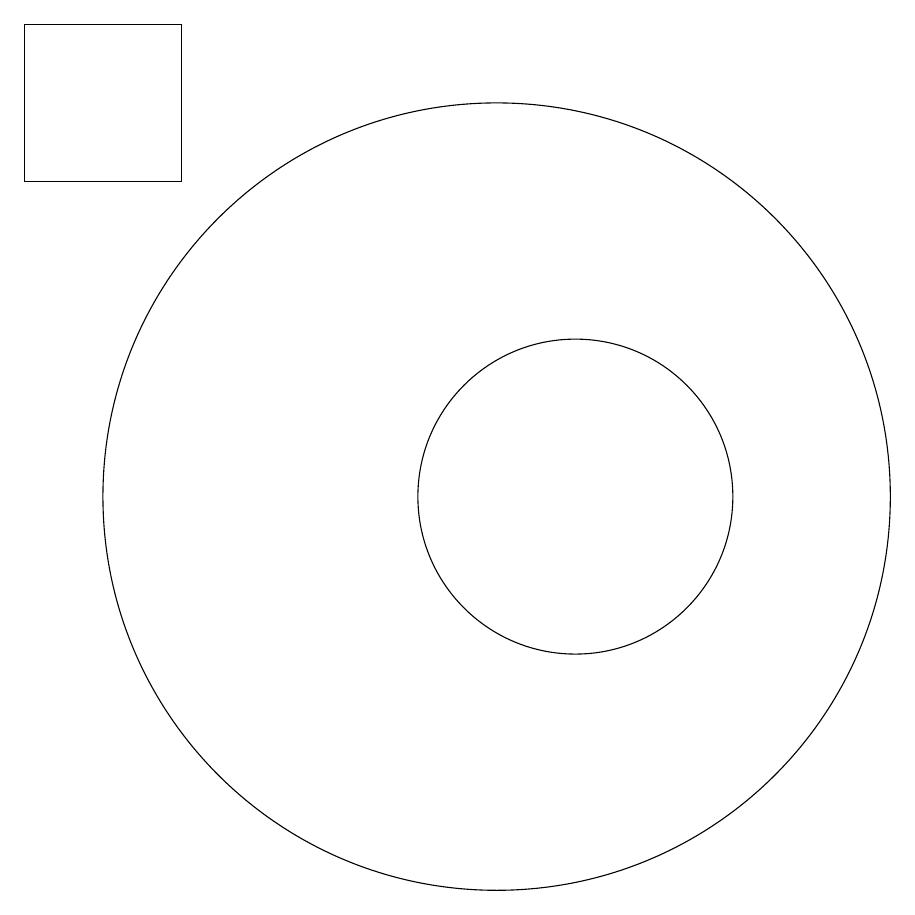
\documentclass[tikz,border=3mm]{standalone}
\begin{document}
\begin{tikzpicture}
\draw (5,15) rectangle (7,17);
\draw (12,11) circle (2);
\draw (11,11) circle (5);
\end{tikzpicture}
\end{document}